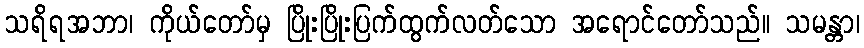
သရိရအဘာ၊ ကိုယ်တော်မှ ပြိုးပြိုးပြက်ထွက်လတ်သော အရောင်တော်သည်။ သမန္တာ၊